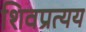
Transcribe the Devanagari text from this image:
शिवप्रत्यय